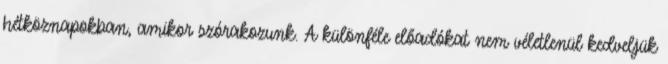
hétköznapokban, amikor szórakozunk. A különféle előadókat nem véletlenül kedveljük